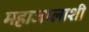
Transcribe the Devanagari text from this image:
महाजालाशी